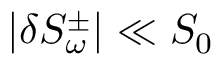
| \delta S _ { \omega } ^ { \pm } | \ll S _ { 0 }